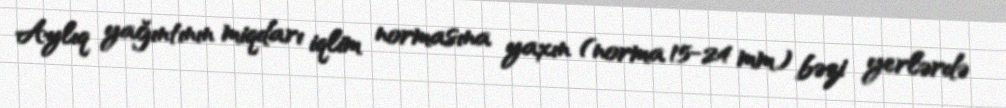
Aylıq yağıntının miqdarı iqlim normasına yaxın (norma 15-24 mm) bəzi yerlərdə